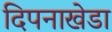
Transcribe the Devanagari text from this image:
दिपनाखेडा